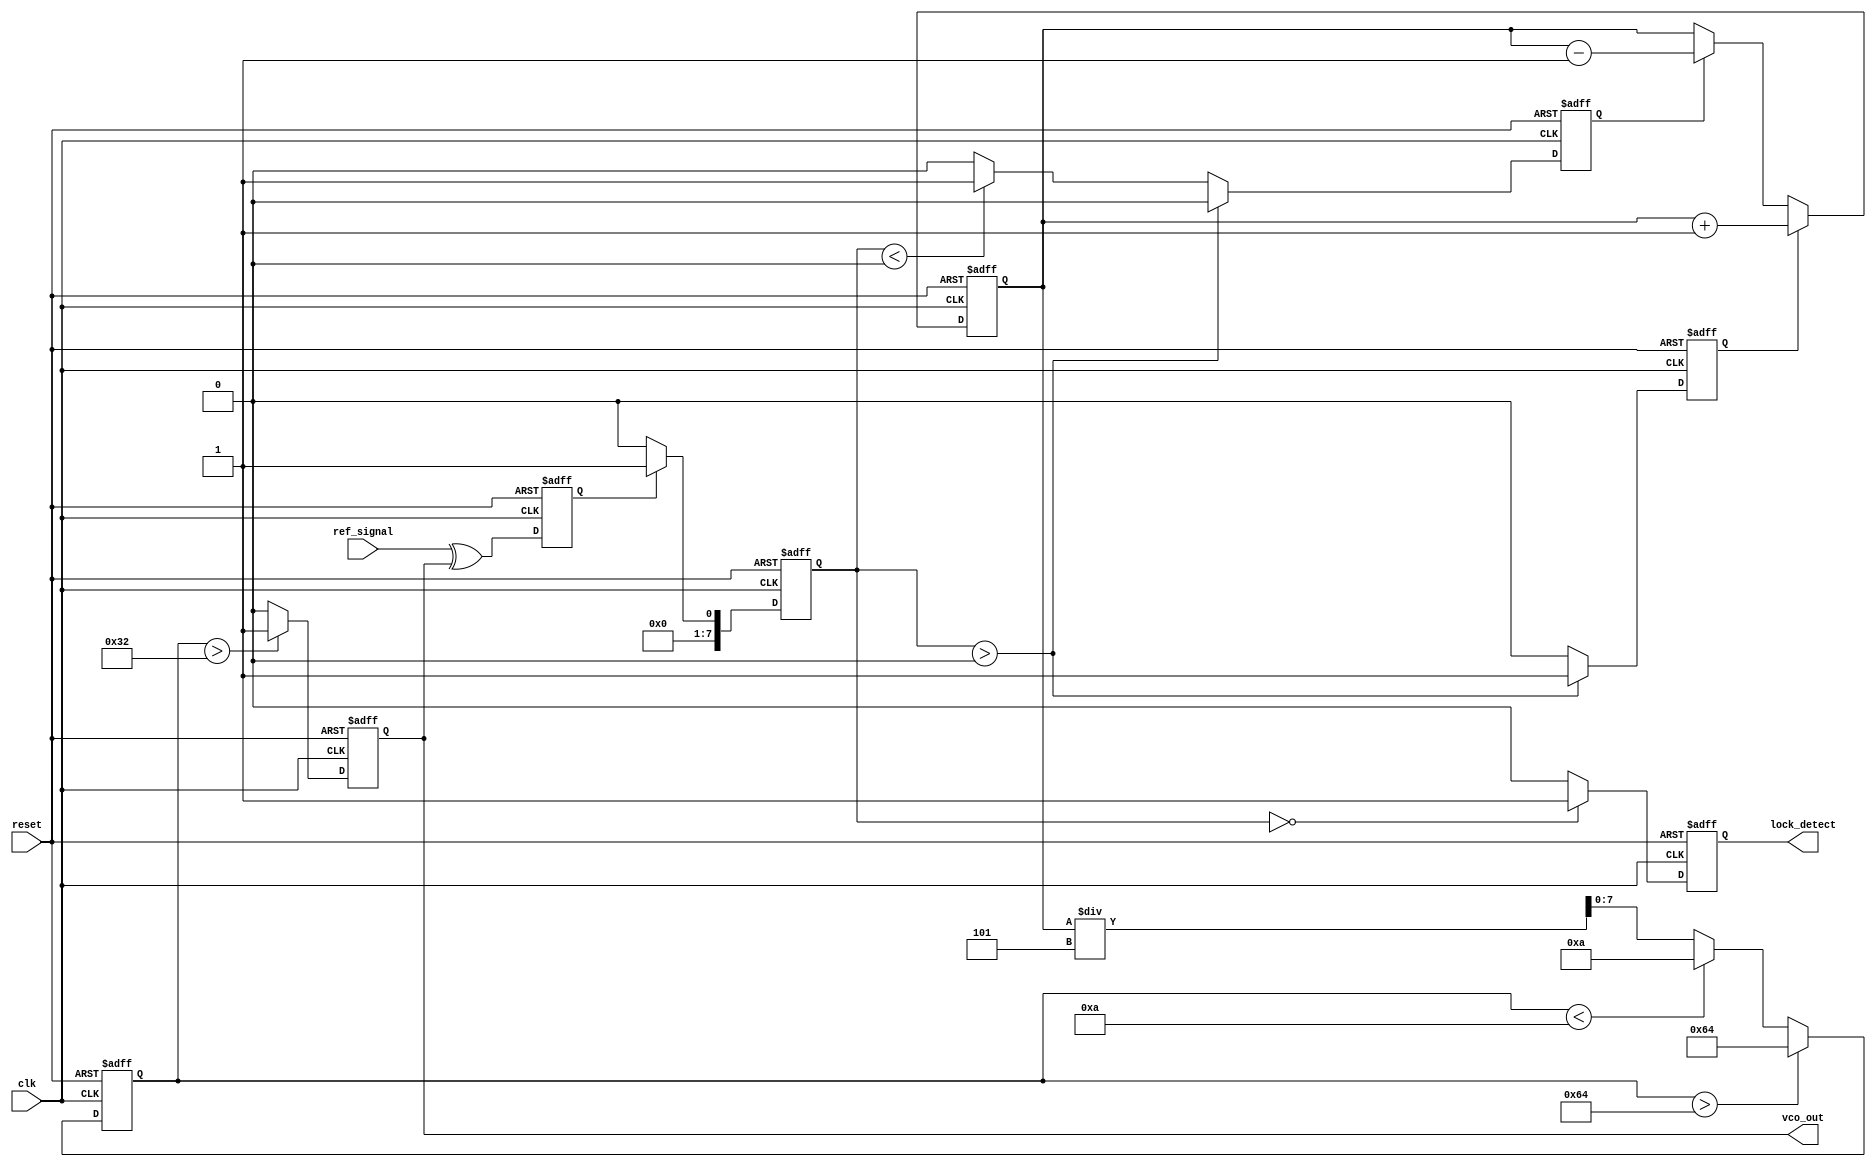
module CP_PLL (
    input wire clk,                  // System Clock
    input wire reset,                // Active High Reset
    input wire ref_signal,           // Reference Frequency Input
    output reg vco_out,              // VCO Output Frequency
    output reg lock_detect           // Lock Detection Output
);

    // Parameters
    parameter VCO_MAX_FREQ = 100;    // Maximum VCO frequency
    parameter VCO_MIN_FREQ = 10;      // Minimum VCO frequency
    parameter STEP_UP = 1;            // Charge pump step up value
    parameter STEP_DOWN = 1;          // Charge pump step down value
    parameter LOOP_FILTER_CONST = 5;  // Loop filter constant

    // Phase Detector
    reg pd_out;                       // Phase Detector Output
    reg [7:0] phase_error;           // Phase Error Signal

    // Charge Pump
    reg charge_pump_up;              // Charge Pump Up Signal
    reg charge_pump_down;            // Charge Pump Down Signal
    reg [7:0] control_voltage;        // Control Voltage to VCO

    // VCO
    reg [7:0] vco_freq;              // Current VCO Frequency

    // State Variables
    reg [1:0] state;                 // State variable for lock detection

    // Phase Detector Logic
    always @(posedge clk or posedge reset) begin
        if (reset) begin
            pd_out <= 0;
            phase_error <= 0;
        end else begin
            // Simple XOR Phase Detector
            pd_out <= ref_signal ^ vco_out;
            phase_error <= pd_out ? 1 : 0;
        end
    end

    // Charge Pump Logic
    always @(posedge clk or posedge reset) begin
        if (reset) begin
            charge_pump_up <= 0;
            charge_pump_down <= 0;
            control_voltage <= 0;
        end else begin
            // Charge Pump operation
            if (phase_error > 0) begin
                charge_pump_up <= 1;
                charge_pump_down <= 0;
            end else if (phase_error < 0) begin
                charge_pump_up <= 0;
                charge_pump_down <= 1;
            end else begin
                charge_pump_up <= 0;
                charge_pump_down <= 0;
            end
            
            // Update control voltage
            if (charge_pump_up) begin
                control_voltage <= control_voltage + STEP_UP;
            end else if (charge_pump_down) begin
                control_voltage <= control_voltage - STEP_DOWN;
            end
        end
    end

    // Loop Filter (Simple Low Pass Filter)
    always @(posedge clk or posedge reset) begin
        if (reset) begin
            vco_freq <= VCO_MIN_FREQ; // Start at minimum frequency
        end else begin
            vco_freq <= (control_voltage / LOOP_FILTER_CONST);
            if (vco_freq > VCO_MAX_FREQ) begin
                vco_freq <= VCO_MAX_FREQ;
            end else if (vco_freq < VCO_MIN_FREQ) begin
                vco_freq <= VCO_MIN_FREQ;
            end
        end
    end

    // VCO Output Generation
    always @(posedge clk or posedge reset) begin
        if (reset) begin
            vco_out <= 0;
        end else begin
            // Generate VCO output based on vco_freq
            // This is a simplified representation
            // In practice, a more complex oscillator implementation is required
            vco_out <= (vco_freq > 50) ? 1 : 0; // Dummy output based on frequency
        end
    end

    // Lock Detection Logic
    always @(posedge clk or posedge reset) begin
        if (reset) begin
            lock_detect <= 0;
        end else begin
            // Check if the phase error is within an acceptable range
            lock_detect <= (phase_error == 0) ? 1 : 0;
        end
    end

endmodule